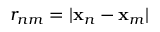
r _ { n m } = | \mathbf { x } _ { n } - \mathbf { x } _ { m } |